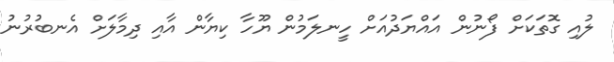
ލުއި ގޮތަކަށް ފޯނުން އައްޔަދުއަށް ހީނލަމުން ޔޫހާ ކިޔާން އާއި ދިމާލަށް އެނބުރުނު